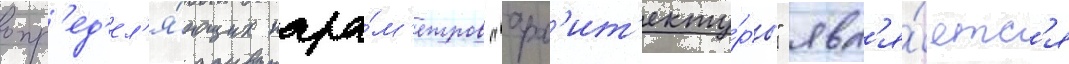
опр'ед'ел'я́ющих пара́м'етров "арх'ит'екту́ры" явл'я́етс'я